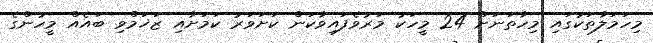
މިހަމަލާތަކުގައި މިހާތަނަށް 24 މީހަކު މަރުވެފައިވާކަން ކަށަވަރު ކަމަށާއި ޒަޚަމްވި ބައެއް މީހުންގެ